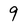
Character: 9